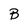
Character: B